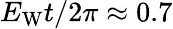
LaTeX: E_{\mathrm{W}}t/2\pi\approx 0.7